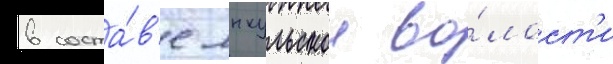
в соста́в'е янкульскои во́лост'и